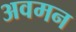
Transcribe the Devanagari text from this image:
अवमन